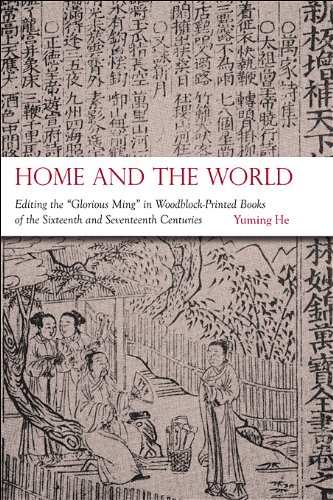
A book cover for Home and the World: Editing the "Glorious Ming" in Woodblock-Printed Books of the Sixteenth and Seventeenth Centuries (Harvard-Yenching Institute Monograph Series); Yuming He; Crafts, Hobbies & Home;